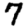
Digit: 7